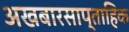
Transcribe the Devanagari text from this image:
अखबारसाप्ताहिक